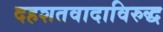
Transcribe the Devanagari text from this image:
दहशतवादाविरुद्ध